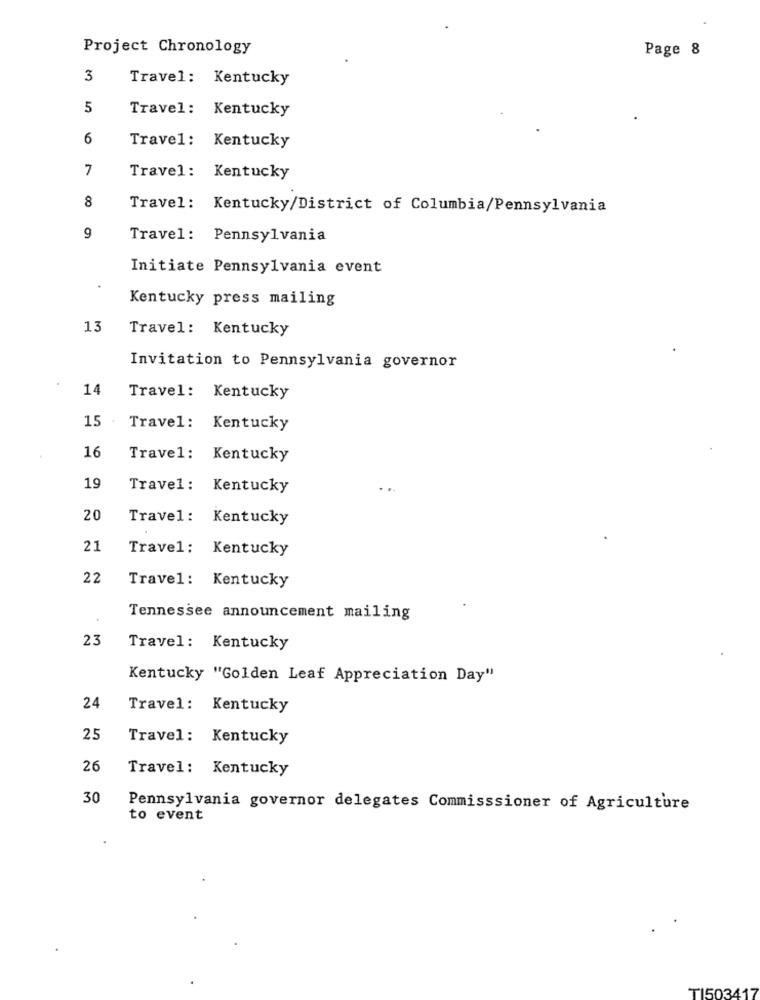
Project Chronology
Page 8
3
Travel: Kentucky
5
Travel: Kentucky
6
Travel: Kentucky
7
Travel: Kentucky
8
Travel: Kentucky/District of Columbia/Pennsylvania
9
Travel: Pennsylvania
Initiate Pennsylvania event
Kentucky press mailing
13
Travel: Kentucky
Invitation to Pennsylvania governor
14
Travel: Kentucky
15
Travel: Kentucky
16
Travel: Kentucky
19
Travel: Kentucky
20
Travel: Kentucky
21
Travel: Kentucky
22
Travel: Kentucky
Tennessee announcement mailing
23
Travel: Kentucky
Kentucky "Golden Leaf Appreciation Day"
24
Travel: Kentucky
25
Travel: Kentucky
26
Travel: Kentucky
30
Pennsylvania governor delegates Commisssioner of Agriculture
to event
TI50341'